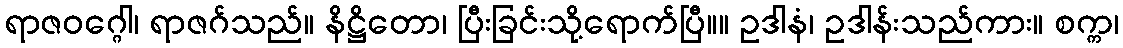
ရာဇဝဂ္ဂေါ၊ ရာဇဂ်သည်။ နိဋ္ဌိတော၊ ပြီးခြင်းသို့ရောက်ပြီ။။ ဥဒါနံ၊ ဥဒါန်းသည်ကား။ စက္က၊